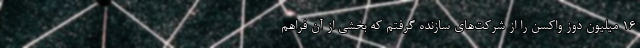
۱۶ میلیون دوز واکسن را از شرکت‌های سازنده گرفتم که بخشی از آن فراهم